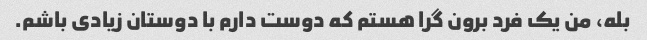
بله، من یک فرد برون گرا هستم که دوست دارم با دوستان زیادی باشم.